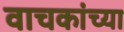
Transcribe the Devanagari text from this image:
वाचकांच्‍या